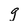
Character: g